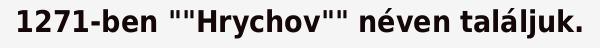
1271-ben ""Hrychov"" néven találjuk.